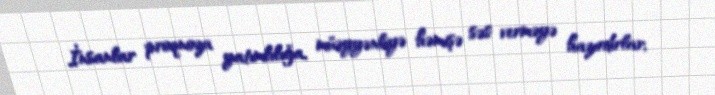
İnsanlar proqnoza yatımlılığa, müəyyənliyə həmişə səs verməyə hazırdırlar,